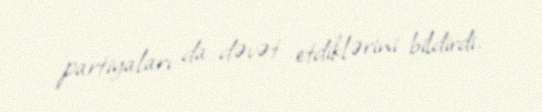
partiyaları da dəvət etdiklərini bildirdi.